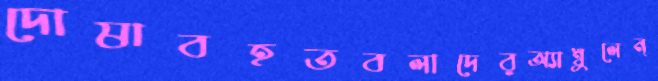
দোষাবহতবলাদেরঅ্যাম্বুলেন্